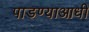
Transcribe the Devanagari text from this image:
पाडण्याआधी